Subject: cs
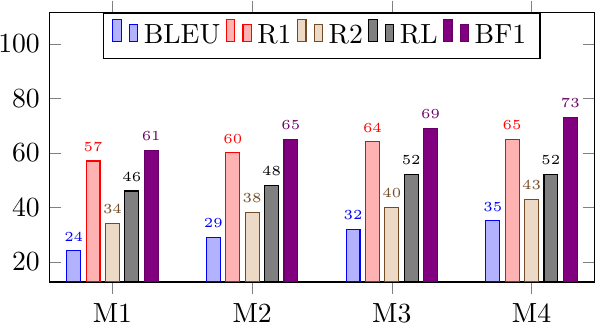
LaTeX code:
    \begin{tikzpicture}
\begin{axis}
[
    ybar, ymax=100,
    enlargelimits=0.15,
    bar width=5pt,
    width=8.5cm, height=5cm,
    legend style={at={(0.5,1.0)},
            anchor=north,legend columns=-1},
    ylabel={},
    symbolic x coords={M1, M2, M3, M4},
    xtick=data,
    nodes near coords,
    every node near coord/.append style={font=\tiny, inner xsep=1.5pt},
   nodes near coords align={vertical}
    ]
\addplot coordinates {(M1, 24.0) (M2, 29) (M3, 32) (M4, 35)};
\addplot coordinates {(M1, 57) (M2, 60) (M3, 64) (M4, 65)};
\addplot coordinates {(M1, 34) (M2, 38) (M3, 40.0) (M4, 43)};
\addplot coordinates {(M1, 46) (M2, 48) (M3, 52.0) (M4, 52.0)};
\addplot coordinates {(M1, 61) (M2, 65) (M3, 69) (M4, 73)};
\legend{BLEU, R1, R2, RL, BF1}

\end{axis}
\end{tikzpicture}